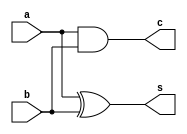
module halfadder(
input a,
input b,
output s,
output c
);
xor x1(s,a,b);
and a1(c,a,b);
endmodule

module fulladder(a,b,cin,cout,sum);
input a,b,cin;
output cout,sum;
wire c,s,c2;
halfadder h1(a,b,s,c);
halfadder h2(s,cin,sum,c2);
or o1(cout,c,c2);
endmodule

module test_bench();
reg a,b,cin;
wire s,cout;
fulladder f1(a,b,cin,cout,sum);
//halfadder h1(.x(a),.y(b),.sum(s),.carry(c));
initial
begin
a=0;b=0;cin=0;
#10
a=0;b=1;
#10
a=1;b=0;
#10
a=1;b=1;
end
initial
begin
	$monitor("A=%b B=%b Cin=%b  C=%b S=%b \n",a,b,cin,cout,sum);
end
endmodule